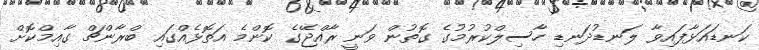
ކަނޑައަޅާފައިވާ ލަނޑުދަނޑި ހާސިލްކުރުމުގެ ގޮތުން ވަނީ ރާއްޖޭގެ ކޮންމެ އަތޮޅެއްގައި ބްރާންޗް ގާއިމްކޮށް